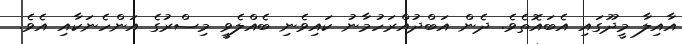
އާއިލާ މީދޫގައި އެބައޮތެވެ. ދެން އަބްދުއްރަހުމާނު ކައިވެނި ބެއްލެވީ މިސްރުގެ އަންހެނަކާއި އެވެ.